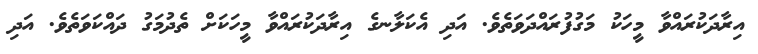
އިރާދަކުރައްވާ މީހަކު މަގުފުރައްދަވަތެވެ. އަދި އެކަލާނގެ އިރާދަކުރައްވާ މީހަކަށް ތެދުމަގު ދައްކަވަތެވެ. އަދި